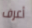
أعرف